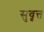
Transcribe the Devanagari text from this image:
सुवृत्त